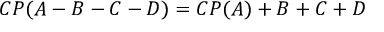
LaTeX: C P ( A - B - C - D ) = C P ( A ) + B + C + D